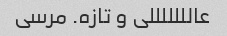
عالللللللی و تازه. مرسی